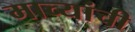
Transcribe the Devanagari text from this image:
माच्यांची